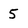
Character: 5